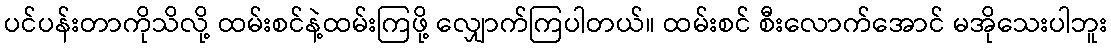
ပင်ပန်းတာကိုသိလို့ ထမ်းစင်နဲ့ထမ်းကြဖို့ လျှောက်ကြပါတယ်။ ထမ်းစင် စီးလောက်အောင် မအိုသေးပါဘူး